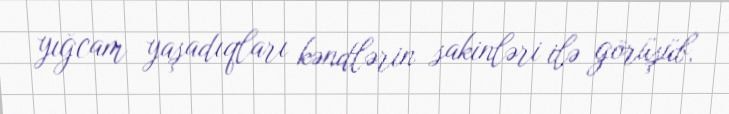
yığcam yaşadıqları kəndlərin sakinləri ilə görüşüb.